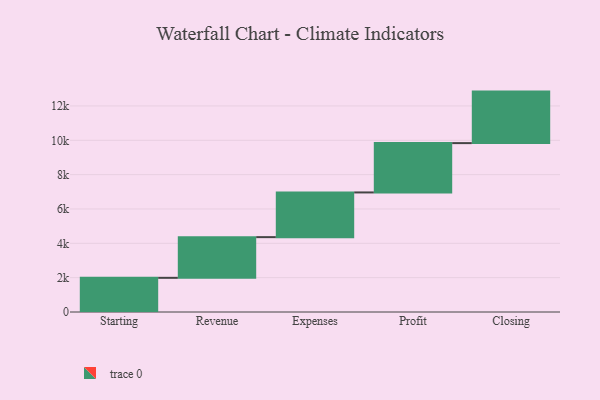
{"axis": {"x": "Step", "y": "Value"}, "legend": [""], "data": [{"x": "Starting", "y": 1990.0, "type": ""}, {"x": "Revenue", "y": 2370.0, "type": ""}, {"x": "Expenses", "y": 2603.0, "type": ""}, {"x": "Profit", "y": 2873.0, "type": ""}, {"x": "Closing", "y": 3000, "type": ""}]}